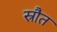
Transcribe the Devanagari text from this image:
स्रौत